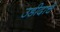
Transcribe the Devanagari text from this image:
उडीदाचे